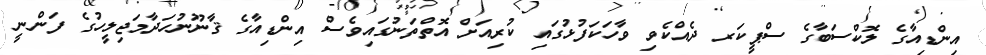
އިންޑިއާގެ ލޮކްސަބާގެ ސްޕީކަރ ދެއްކެވި ވާހަކަފުޅުގައި ކުރިއަށް އޮތްތަނުގައިވެސް އިންޑިއާގެ ޤާނޫނުހަދާމަޖިލީހުގެ ފަންނީ